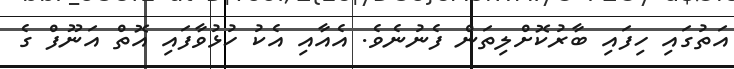
އަތުގައި ހިފައި ބާރުކޮށްލިތަން ފެނުނެވެ. އެއާއި އެކު ހުޅުވާފައި އޮތް އަނޫފް ގެ